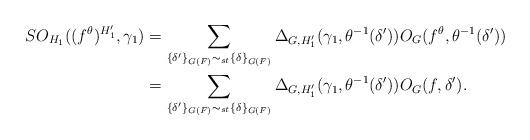
LaTeX: \begin{align*}SO_{H_{1}}((f^{\theta})^{H'_{1}}, \gamma_{1}) & = \sum_{\{\delta'\}_{G(F)} \thicksim_{st} \{\delta\}_{G(F)}} \Delta_{G, H'_{1}}(\gamma_{1}, \theta^{-1}(\delta')) O_{G}(f^{\theta}, \theta^{-1}(\delta')) \\& = \sum_{\{\delta'\}_{G(F)} \thicksim_{st} \{\delta\}_{G(F)}} \Delta_{G, H'_{1}}(\gamma_{1}, \theta^{-1}(\delta')) O_{G}(f, \delta').\end{align*}